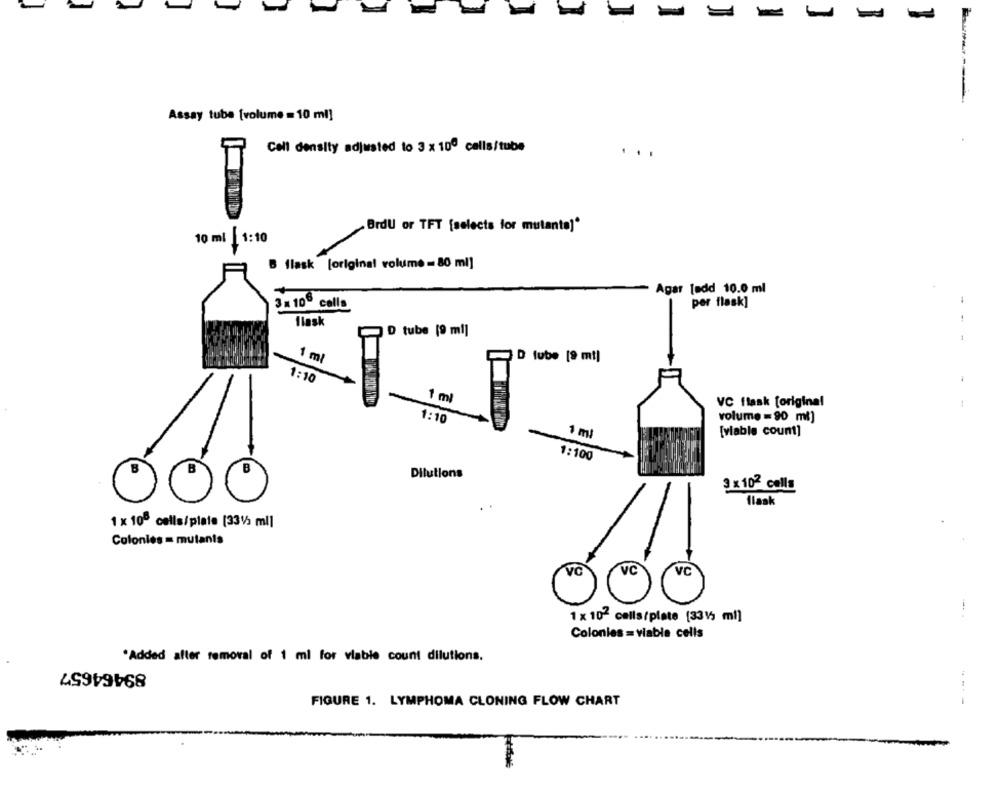
-
-
-
Assay tube [volume =10 ml]
Cell density adjusted to 3 x 100 cells/tube
..
Brdu or TFT [selects for mutante]*
10 ml 1:10
B flask [original volume = 80 ml]
Agar [add 10.0 ml
-
3 = 10 calls
per flask]
Ilask
D tube [9 ml]
--
1 ml
tube [9 mt)
1:10
1 ml
VC flask [origina!
1:10
volume = 90 ml]
1 ml
[viable count]
1:100
Dilutions
3 x 102 cells
flask
1 x 100 cells/plate [331/5 ml]
Colonies = mutants
VC
VC
VC
1 x 102 calls/plate (3315 ml)
Colonies = viable cells
*Added after removal of 1 ml for viable count dilutions.
89464657
FIGURE 1. LYMPHOMA CLONING FLOW CHART
----